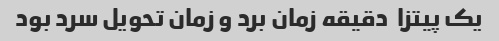
یک پیتزا  دقیقه زمان برد و زمان تحویل سرد بود